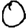
Digit: 0